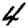
Digit: 4